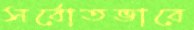
সর্বোতভাবে